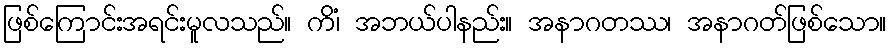
ဖြစ်ကြောင်းအရင်းမူလသည်။ ကိံ၊ အဘယ်ပါနည်း။ အနာဂတဿ၊ အနာဂတ်ဖြစ်သော။